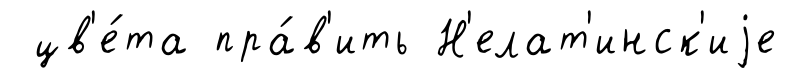
цв'е́та пра́в'ить Н'елат'инск'иjе